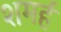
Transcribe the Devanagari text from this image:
शमर्ह